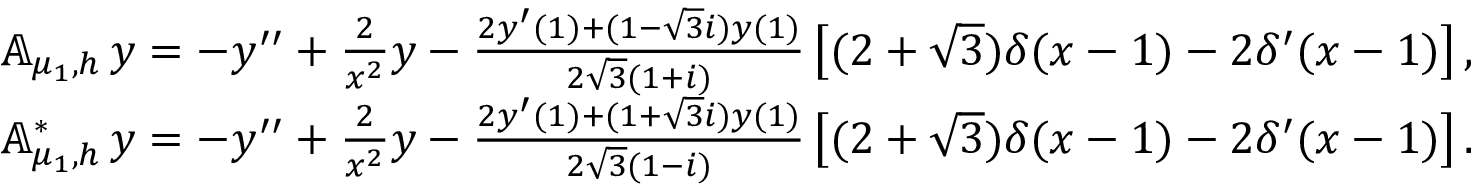
\begin{array} { r l } & { { \mathbb A } _ { \mu _ { 1 } , h } \, y = - y ^ { \prime \prime } + \frac { 2 } { x ^ { 2 } } y - \frac { 2 y ^ { \prime } ( 1 ) + ( 1 - { \sqrt 3 } i ) y ( 1 ) } { { 2 } { \sqrt 3 } ( 1 + i ) } \left[ { ( 2 + \sqrt 3 ) } \delta ( x - 1 ) - 2 \delta ^ { \prime } ( x - 1 ) \right] , } \\ & { { \mathbb A } _ { \mu _ { 1 } , h } ^ { * } \, y = - y ^ { \prime \prime } + \frac { 2 } { x ^ { 2 } } y - \frac { 2 y ^ { \prime } ( 1 ) + ( 1 + { \sqrt 3 } i ) y ( 1 ) } { { 2 } { \sqrt 3 } ( 1 - i ) } \left[ { ( 2 + \sqrt 3 ) } \delta ( x - 1 ) - 2 \delta ^ { \prime } ( x - 1 ) \right] . } \end{array}